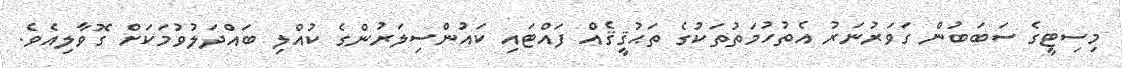
މިސިޓީގެ ސަބަބުން ގަވަރުނަރު އެތުހުމަތުތަކުގެ ތަޙުޤީޤެއް ފައްޓައި ކައުންސިލަރުންގެ ކުއްލި ބައްދަލުވުމަކަށް ގޮވާލިއެވެ.